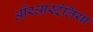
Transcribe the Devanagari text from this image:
औरआस्ट्रेलिया